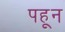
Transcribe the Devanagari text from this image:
पहून